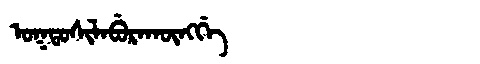
Manchu: ᠣᡴᡨᠣᠰᡳᠯᠠᠪᡠᡵᠠᡴᡡᠩᡤᡝ
Romanization: OKTOSILABURAKŪNGGE